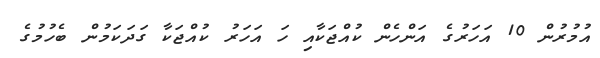
އުމުރުން 10 އަހަރުގެ އަންހެން ކުއްޖަކާއި ހަ އަހަރު ކުއްޖަކާ ގަދަކަމުން ބެެހުމުގެ